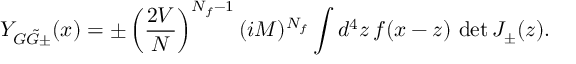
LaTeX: Y _ { G \tilde { G } \pm } ( x ) = \pm \left( \frac { 2 V } { N } \right) ^ { N _ { f } - 1 } ( i M ) ^ { N _ { f } } \int d ^ { 4 } z \, f ( x - z ) \, \operatorname * { d e t } J _ { \pm } ( z ) .